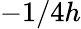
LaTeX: -1/4h